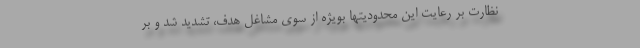
نظارت بر رعایت این محدودیتها بویژه از سوی مشاغل هدف، تشدید شد و بر